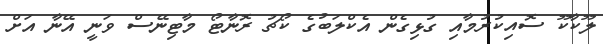
ލޫކާކޫ ސޮއިކުރުމާއި ގުޅިގެން އެކްލަބުގެ ކޯޗު ރޮނާޓޯ މާޓިނޭސް ވަނީ އޭނާ އަށް